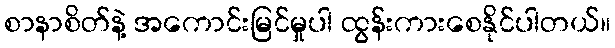
စာနာစိတ်နဲ့ အကောင်းမြင်မှုပါ ထွန်းကားစေနိုင်ပါတယ်။